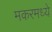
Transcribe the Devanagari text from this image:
मकरमध्ये